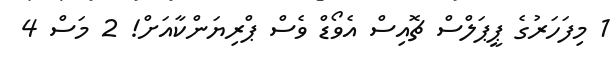
1 މިފަހަރުގެ ޕީޕަލްސް ޗޮއިސް އެވޯޑް ވެސް ޕްރިޔަންކާއަށް! 2 މަސް 4